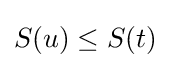
S(u)\leq S(t)